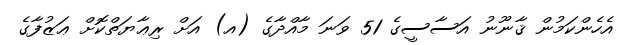
އެހެންކަމުން ޤާނޫނު އަސާސީގެ 51 ވަނަ މާއްދާގެ (އ) އަށް ރިޢާޔަތްކޮށް ޢަޒުފާގެ